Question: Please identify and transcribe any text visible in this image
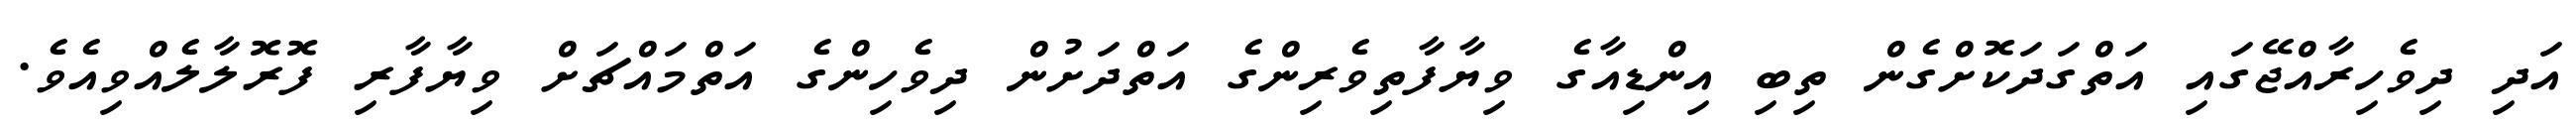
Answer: އަދި ދިވެހިރާއްޖޭގައި އަތްގަދަކޮށްގެން ތިބި އިންޑިއާގެ ވިޔާފާތިވެރިންގެ އަތްދަށުން ދިވެހިންގެ އަތްމައްޗަށް ވިޔާފާރި ފޮރޮލާލެއްވިއެވެ.